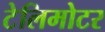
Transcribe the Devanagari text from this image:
टेलिमोटर